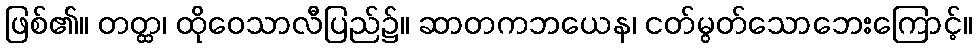
ဖြစ်၏။ တတ္ထ၊ ထိုဝေသာလီပြည်၌။ ဆာတကဘယေန၊ ငတ်မွတ်သောဘေးကြောင့်။